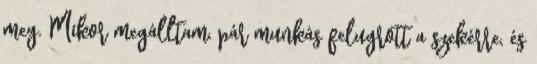
meg. Mikor megálltam, pár munkás felugrott a szekérre, és